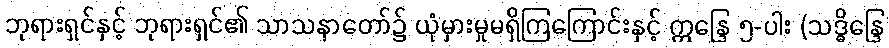
ဘုရားရှင်နှင့် ဘုရားရှင်၏ သာသနာတော်၌ ယုံမှားမှုမရှိကြကြောင်းနှင့် ဣန္ဒြေ ၅-ပါး (သဒ္ဓိန္ဒြေ